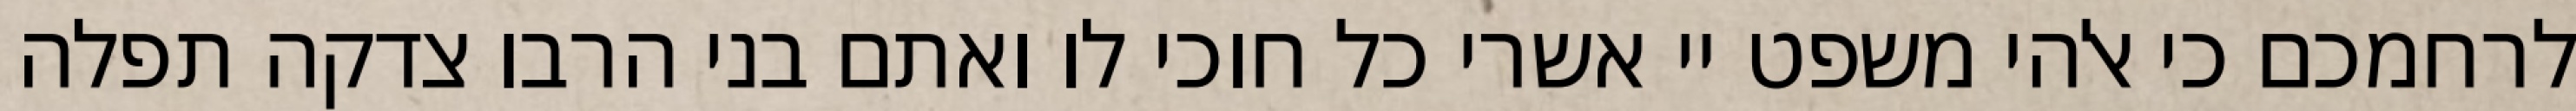
לרחמכם כי אלהי משפט יי אשרי כל חוכי לו ואתם בני הרבו צדקה תפלה